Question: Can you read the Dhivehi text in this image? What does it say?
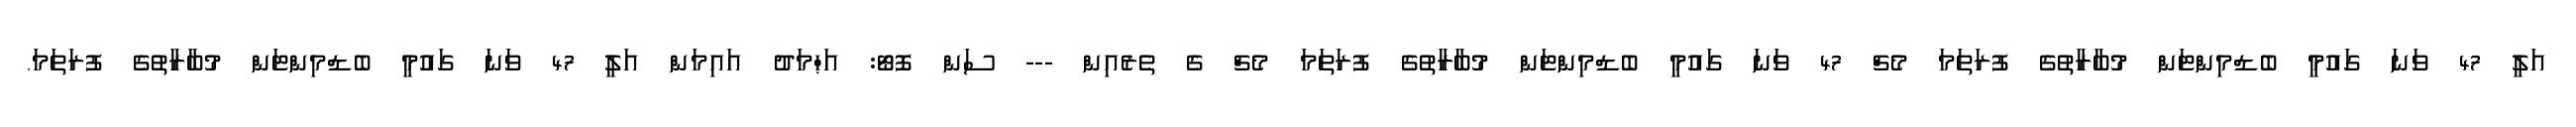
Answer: އަލީ 47 ވަނަ ގައުމީ ބެޑްމިންޓަން މުބާރާތުގެ ފުރަތަމަ މެޗް 47 ވަނަ ގައުމީ ބެޑްމިންޓަން މުބާރާތުގެ ފުރަތަމަ މެޗް ގެ ތެރެއިން --- ސަން ފޮޓޯ: އަޙްމަދު އައިމަން އަލީ 47 ވަނަ ގައުމީ ބެޑްމިންޓަން މުބާރާތުގެ ފުރަތަމަ.